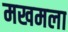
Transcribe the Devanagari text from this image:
मखमला